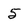
Character: 5